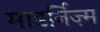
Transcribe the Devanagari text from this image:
माडर्निज़्म